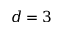
d = 3